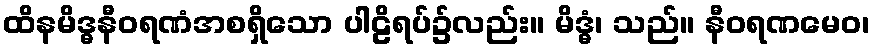
ထိနမိဒ္ဓနီဝရဏံအစရှိသော ပါဠိရပ်၌လည်း။ မိဒ္ဓံ၊ သည်။ နီဝရဏမေဝ၊